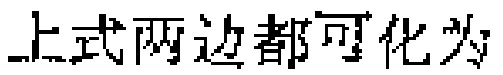
上式两边都可化为